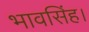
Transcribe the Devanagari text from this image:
भावसिंह।